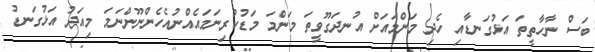
ބަސް ނާހާތީތަ އަޅުގަނޑާއި ހެދި މަންމައަށް އުނދަގޫވީތަ މަންމަ މަޑުކުރިނަމައެއްނުއެހެންނޫންނަމަ މިއަދު އަޅުގަނޑު